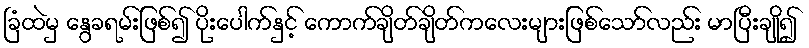
ခြံထဲမှ နွေခရမ်းဖြစ်၍ ပိုးပေါက်နှင့် ကောက်ချိတ်ချိတ်ကလေးများဖြစ်သော်လည်း မာပြီးချို၍